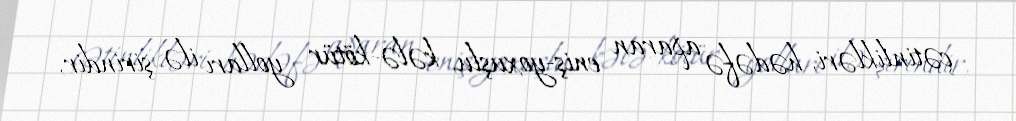
çətinlikləri, hədəfə aparan eniş-yoxuşlu, kələ-kötür yolları ilə şirindir,